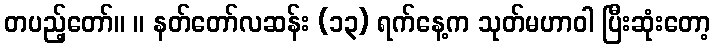
တပည့်တော်။ ။ နတ်တော်လဆန်း (၁၃) ရက်နေ့က သုတ်မဟာဝါ ပြီးဆုံးတော့